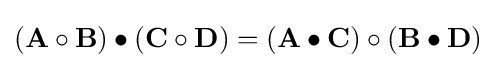
(\mathbf {A} \circ \mathbf {B} )\bullet (\mathbf {C} \circ \mathbf {D} )=(\mathbf {A} \bullet \mathbf {C} )\circ (\mathbf {B} \bullet \mathbf {D} )